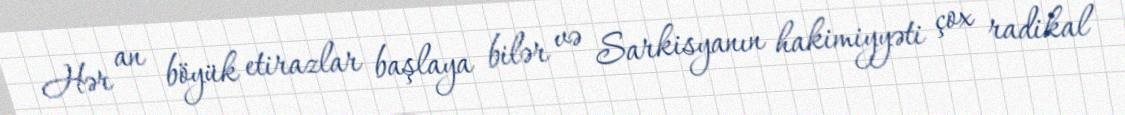
Hər an böyük etirazlar başlaya bilər və Sarkisyanın hakimiyyəti çox radikal